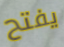
يفتح